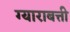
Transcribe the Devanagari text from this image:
ग्याराबत्ती